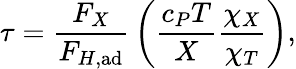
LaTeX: \tau={\frac{F_{X}}{F_{H,\mathrm{ad}}}}\left({\frac{c_{P}T}{X}}{\frac{\chi_{X}}{\chi_{T}}}\right),